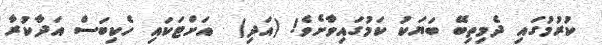
ކުރުމުގައި ދެމިތިބޭ ބަޔަކު ކަމުގައިވާށެވެ! (އަދި)  އަށްޓަކައި ހެކިބަސް އަދާކުރާ